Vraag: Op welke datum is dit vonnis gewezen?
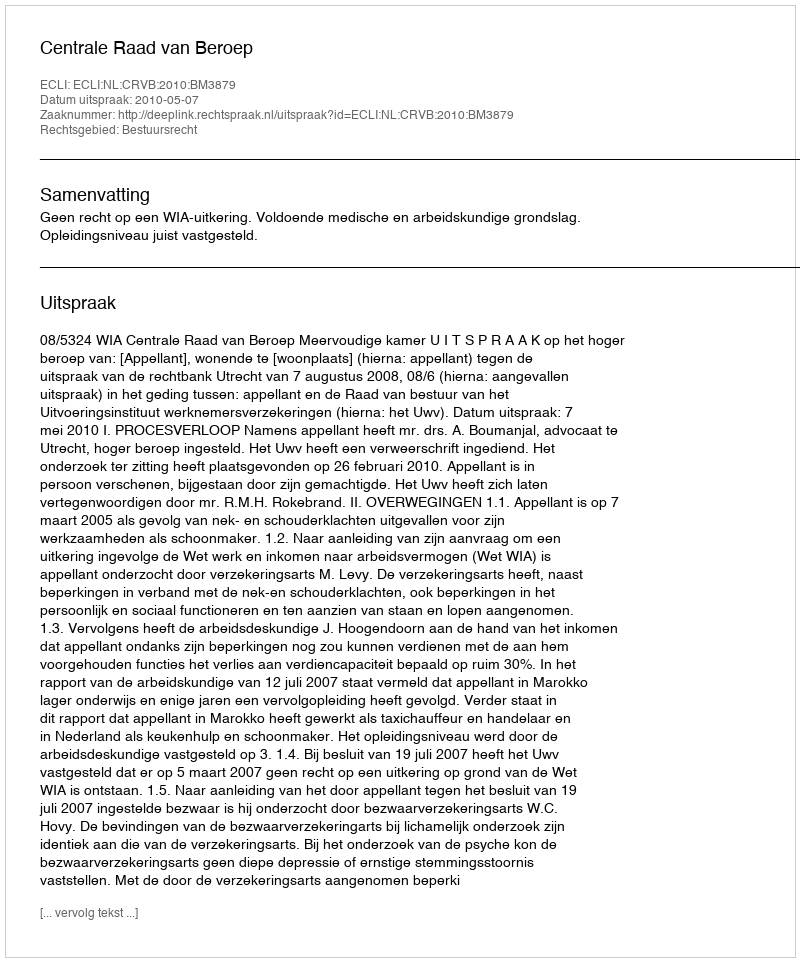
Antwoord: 2010-05-07